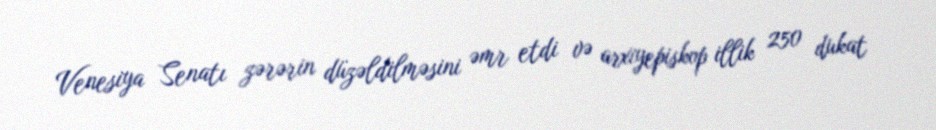
Venesiya Senatı zərərin düzəldilməsini əmr etdi və arxiyepiskop illik 250 dukat